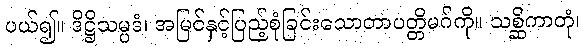
ပယ်၍။ ဒိဋ္ဌိသမ္ပဒံ၊ အမြင်နှင့်ပြည့်စုံခြင်းသောတာပတ္တိမဂ်ကို။ သစ္ဆိကာတုံ၊